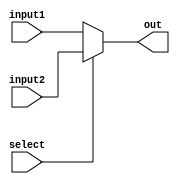
`timescale 1ns / 1ps
//////////////////////////////////////////////////////////////////////////////////
// Company: 
// 
// Design Name: 
// Module Name:    multiplexer32bit2X1 
// Project Name: 
// Target Devices: 
// Tool versions: 
// Description: 
//
// Dependencies: 
//
// Revision: 
// Revision 0.01 - File Created
// Additional Comments: 
//
//////////////////////////////////////////////////////////////////////////////////
module multiplexer32bit2X1(
    input [31:0] input1,
    input [31:0] input2,
    input select,
    output wire [31:0] out
    );

	assign out = select? input2 : input1;

endmodule